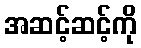
အဆင့်ဆင့်ကို